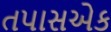
તપાસએક